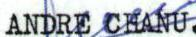
ANDRE CHANU